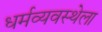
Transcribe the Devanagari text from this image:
धर्मव्यवस्थेला